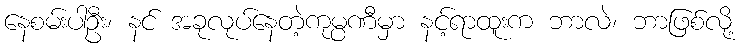
နေစမ်းပါဦး၊ နင် အခုလုပ်နေတဲ့ကုမ္ပဏီမှာ နင့်ရာထူးက ဘာလဲ၊ ဘာဖြစ်လို့